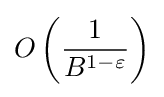
O\left({\frac {1}{B^{1-\varepsilon }}}\right)